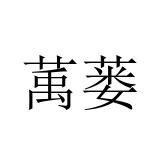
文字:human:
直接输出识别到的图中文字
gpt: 萭蒌